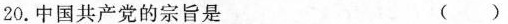
20.中国共产党的宗旨是 ( )